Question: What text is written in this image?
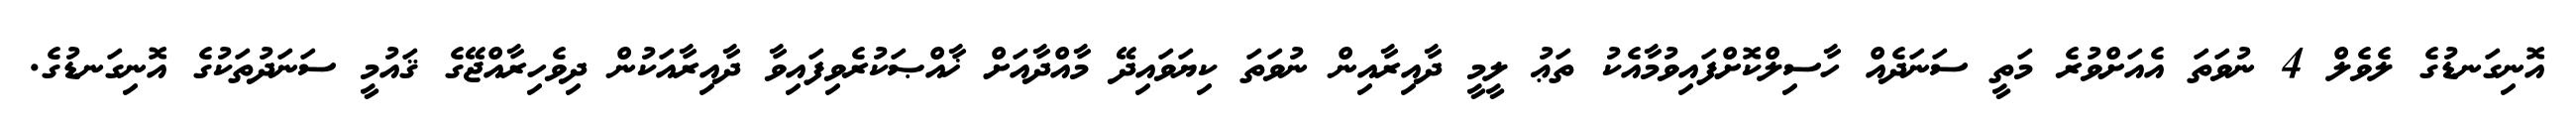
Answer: އޮނިގަނޑުގެ ލެވެލް 4 ނުވަތަ އެއަށްވުރެ މަތީ ސަނަދެއް ހާސިލްކޮށްފައިވުމާއެކު ތަޢު ލީމީ ދާއިރާއިން ނުވަތަ ކިޔަވައިދޭ މާއްދާއަށް ޚާއްޞަކުރެވިފައިވާ ދާއިރާއަކުން ދިވެހިރާއްޖޭގެ ޤައުމީ ސަނަދުތަކުގެ އޮނިގަނޑުގެ.